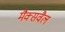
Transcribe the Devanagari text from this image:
मैक्सवैल